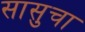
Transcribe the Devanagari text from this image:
सासुचा